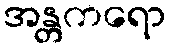
အန္တကရော